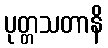
ပုတ္တသတာနိ